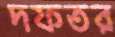
দফতর